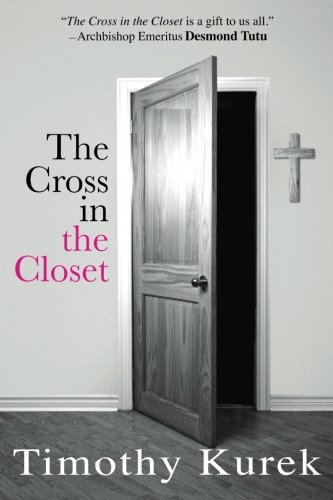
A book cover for The Cross in the Closet; Timothy Kurek; Gay & Lesbian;